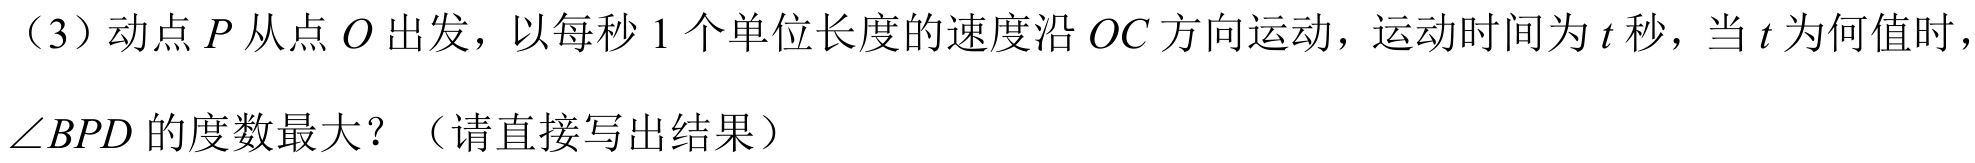
（3）动点\(P\)从点\(O\)出发，以每秒\(1\)个单位长度的速度沿\(OC\)方向运动，运动时间为\(t\)秒，当\(t\)为何值时，\(\angle BPD\)的度数最大？（请直接写出结果）